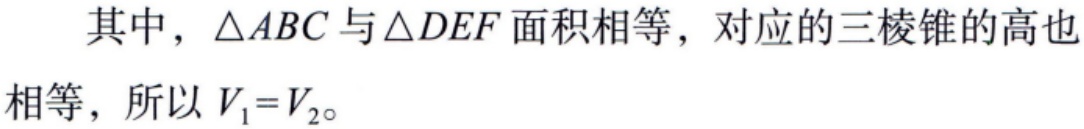
其中，\(\triangle ABC\)与\(\triangle DEF\)面积相等，对应的三棱锥的高也相等，所以\(V_{1}=V_{2}\)。